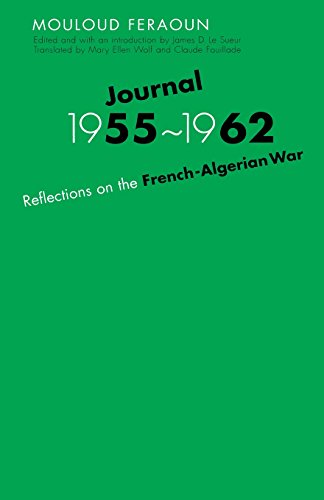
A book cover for Journal, 1955-1962: Reflections on the French-Algerian War; Mouloud Feraoun; History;